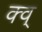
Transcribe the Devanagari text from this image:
क्व्